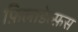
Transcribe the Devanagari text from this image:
फ़िलाडेल्फ़स